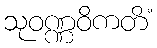
သုဝဏ္ဏဝိကတိံ